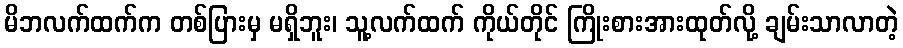
မိဘလက်ထက်က တစ်ပြားမှ မရှိဘူး၊ သူ့လက်ထက် ကိုယ်တိုင် ကြိုးစားအားထုတ်လို့ ချမ်းသာလာတဲ့